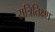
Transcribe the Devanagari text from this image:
सत्रितिक्ष्ण